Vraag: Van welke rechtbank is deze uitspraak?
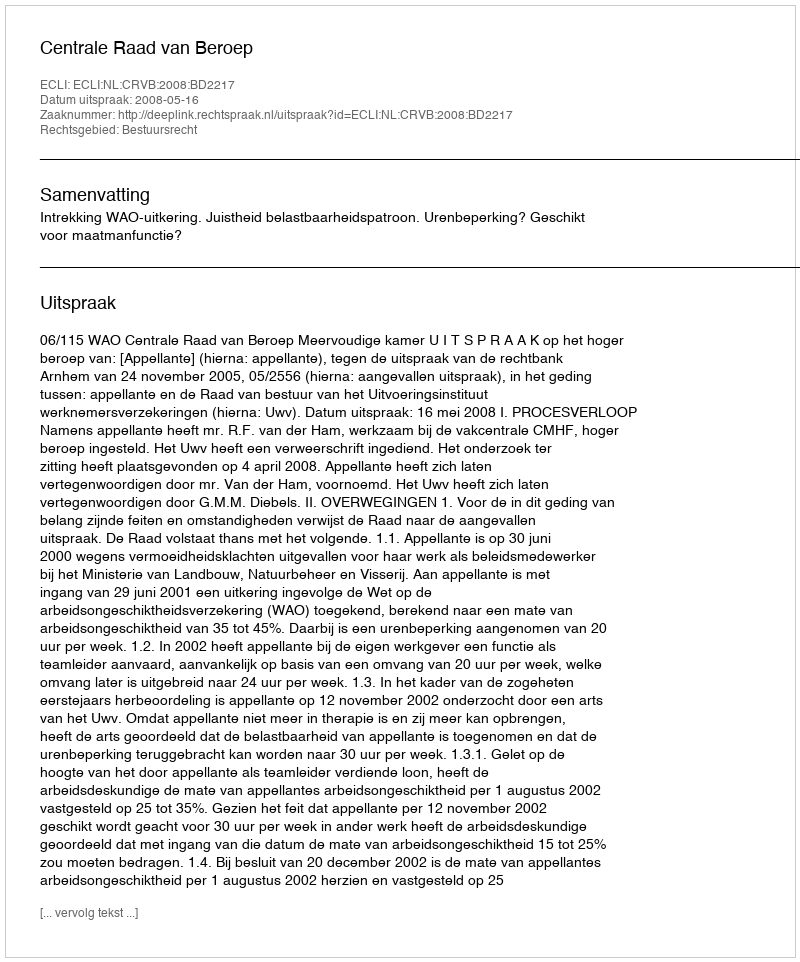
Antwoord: Centrale Raad van Beroep